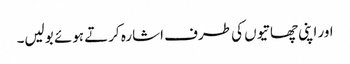
اور اپنی چھاتیوں کی طرف اشارہ کرتے ہوئے بولیں۔